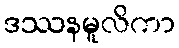
ဒဿနမူလိကာ